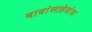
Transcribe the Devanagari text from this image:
बाबांसाहेबांचा